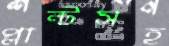
প্লান্টসহ